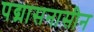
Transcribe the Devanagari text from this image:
पद्मासनासीन